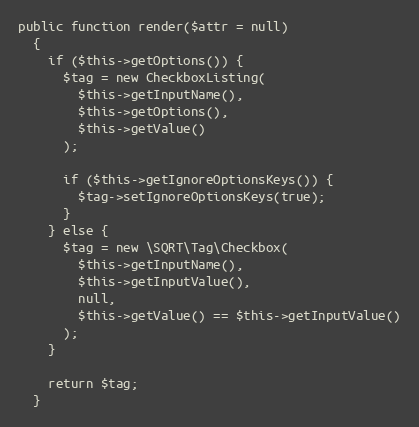
Language: PHP
public function render($attr = null)
  {
    if ($this->getOptions()) {
      $tag = new CheckboxListing(
        $this->getInputName(),
        $this->getOptions(),
        $this->getValue()
      );

      if ($this->getIgnoreOptionsKeys()) {
        $tag->setIgnoreOptionsKeys(true);
      }
    } else {
      $tag = new \SQRT\Tag\Checkbox(
        $this->getInputName(),
        $this->getInputValue(),
        null,
        $this->getValue() == $this->getInputValue()
      );
    }

    return $tag;
  }